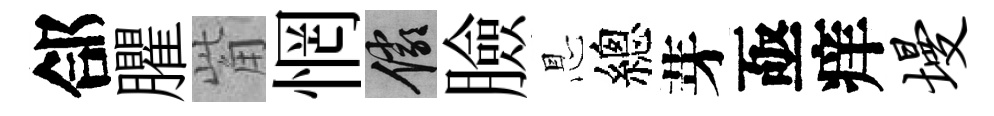
郃臞觜惘儼臉㤙總芽亟痒墁